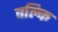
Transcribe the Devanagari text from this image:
वल्‍कि